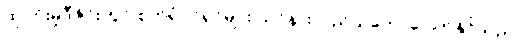
ထုပ်ပိုးမှုဒီဇိုင်းတွင် စက်ရုံပိုင်ရှင်များ သင်နားလည်သဘောပေါက်နိုင်သည်